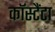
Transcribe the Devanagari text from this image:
कॉस्टैंटा